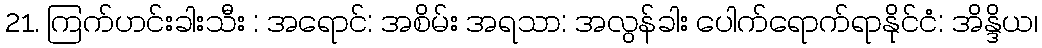
21. ကြက်ဟင်းခါးသီး : အရောင်: အစိမ်း အရသာ: အလွန်ခါး ပေါက်ရောက်ရာနိုင်ငံ: အိန္ဒိယ၊